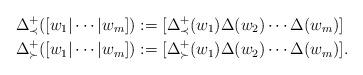
LaTeX: \begin{align*}\Delta^+_{\prec}([w_1 | \cdots | w_m]) &:= [\Delta^+_{\prec}(w_1)\Delta(w_2) \cdots \Delta(w_m)] \\\Delta^+_{\succ}([w_1 | \cdots | w_m]) &:= [\Delta^+_{\succ}(w_1)\Delta(w_2) \cdots \Delta(w_m)]. \end{align*}